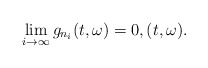
\begin{align*}\lim_{i\rightarrow \infty} g_{n_i}(t,\omega) = 0 , (t,\omega).\end{align*}